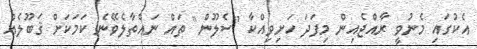
އެކުގައި މެނުވީ ރާއްޖެއިން މިފަދަ ހަށިވިއްކާ "ސެލޫން" ތައް ނައްތާލެވޭނެ ކަމަކަށް ޤަބޫލެއް